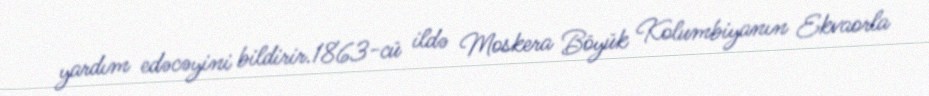
yardım edəcəyini bildirir.1863-cü ildə Moskera Böyük Kolumbiyanın Ekvaorla